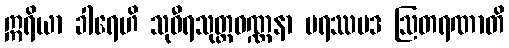
ဣရိယာ ခါရေဟိ သုဝီရသုတ္တဝဏ္ဏနာ ပရဿပဒ ဩတရဏာတိ